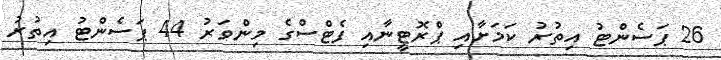
26 ޕަސެންޓު އިތުރު ކަމަށާއި ޕްރޮޓީނާއި ފެޓްސްގެ މިންވަރު 44 ޕަސެންޓު އިތުރު